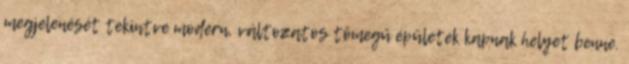
megjelenését tekintve modern, változatos tömegű épületek kapnak helyet benne.